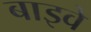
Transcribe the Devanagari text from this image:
बाइवे